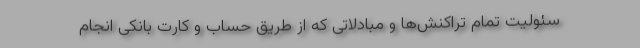
سئولیت تمام تراکنش‌ها و مبادلاتی که از طریق حساب و کارت بانکی انجام